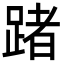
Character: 踷